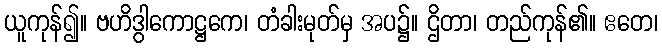
ယူကုန်၍။ ဗဟိဒွါကောဋ္ဌကေ၊ တံခါးမုတ်မှ အပ၌။ ဌိတာ၊ တည်ကုန်၏။ ဧတေ၊